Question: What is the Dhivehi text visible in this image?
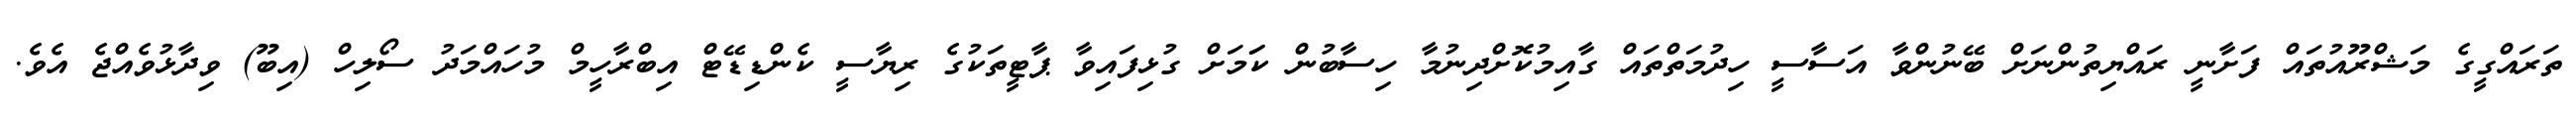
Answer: ތަރައްގީގެ މަޝްރޫއުތައް ފަށާނީ ރައްޔިތުންނަށް ބޭނުންވާ އަސާސީ ހިދުމަތްތައް ގާއިމުކޮށްދިނުމާ ހިސާބުން ކަަމަށް ގުޅިފައިވާ ޕާޓީތަކުގެ ރިޔާސީ ކެންޑިޑޭޓް އިބްރާހީމް މުހައްމަދު ސޯލިހް (އިބޫ) ވިދާޅުވެއްޖެ އެވެ.